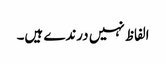
الفاظ نہیں درندے ہیں۔